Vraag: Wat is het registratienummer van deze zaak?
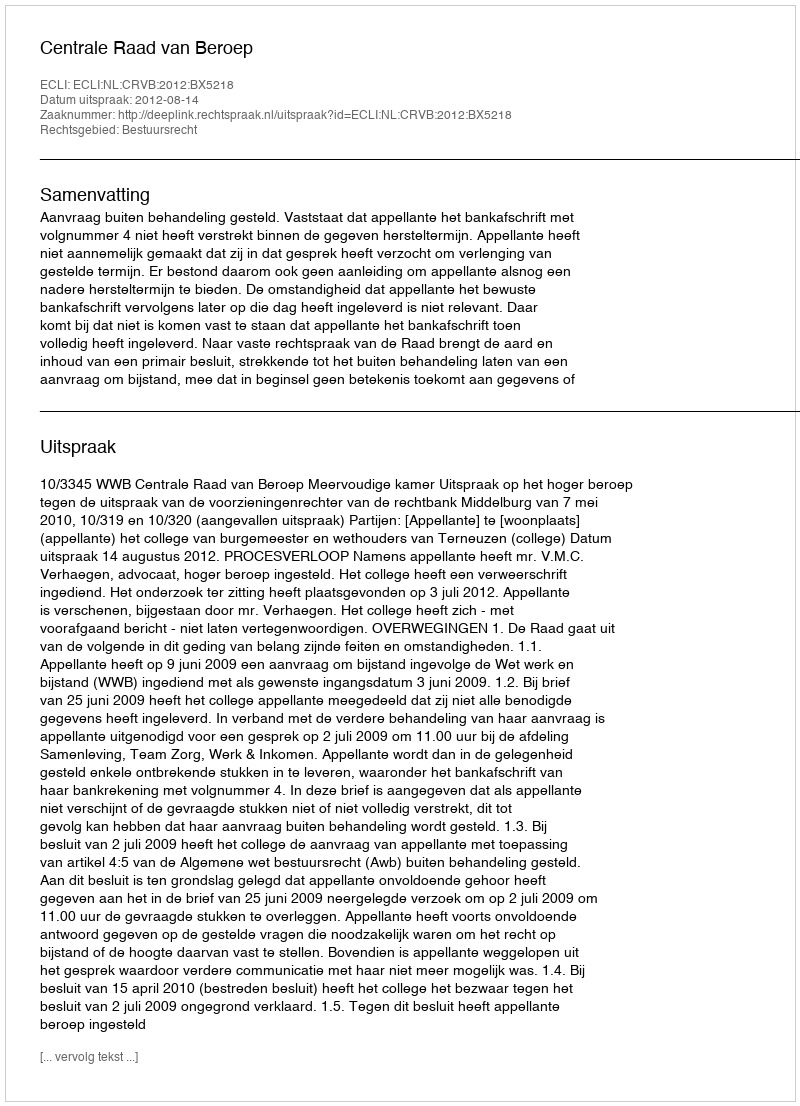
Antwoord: http://deeplink.rechtspraak.nl/uitspraak?id=ECLI:NL:CRVB:2012:BX5218